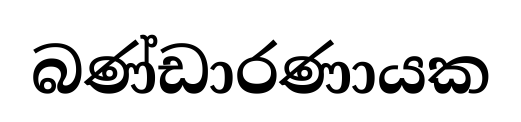
බණ්ඩාරණායක